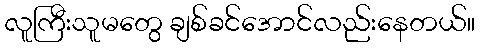
လူကြီးသူမတွေ ချစ်ခင်အောင်လည်းနေတယ်။